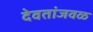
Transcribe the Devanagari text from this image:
देवतांजवळ